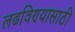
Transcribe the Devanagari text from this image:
लढविण्यासाठी